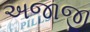
અજાજી